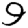
Digit: 9